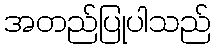
အတည်ပြုပါသည်